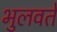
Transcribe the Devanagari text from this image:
भुलवते